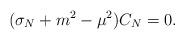
LaTeX: \begin{align*}(\sigma_N + m^2 - \mu^2) C_N = 0. \end{align*}